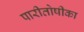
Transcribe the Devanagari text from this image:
पारीतोषीका